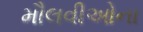
મૌલવીઓના